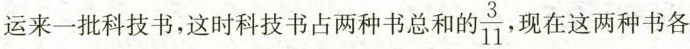
运来一批科技书，这时科技书占两种书总和 \frac{3}{11} ，现在这两种书各